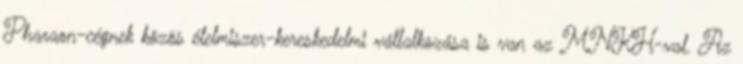
Pharaon-cégnek közös élelmiszer-kereskedelmi vállalkozása is van az MNKH-val. Az